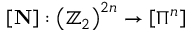
\left[ \mathbf { N } \right] : \left( \mathbb { Z } _ { 2 } \right) ^ { 2 n } \rightarrow \left[ \Pi ^ { n } \right]